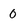
Character: 0